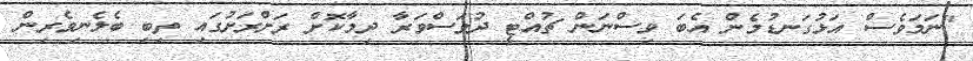
"ނަމަވެސް އަޅުގަނޑުމެން އެބަ ވިސްނަން ޗުއްޓީ ދުވަސްވަރާ ދިިމާކޮށް ރަށްރަށުގައި ތިބި ބެލެނިވެރިން